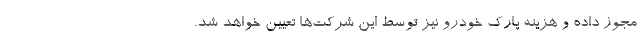
مجوز داده و هزینه پارک خودرو نیز توسط این شرکت‌ها تعیین خواهد شد.